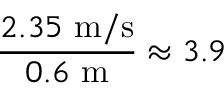
\frac { 2 . 3 5 ~ \mathrm { m / s } } { 0 . 6 ~ \mathrm { m } } \approx 3 . 9